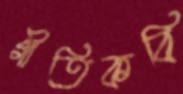
গীতিকবি